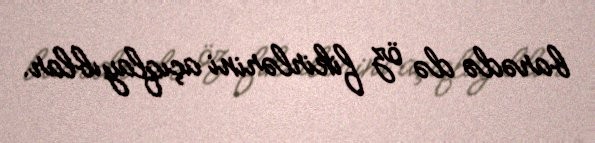
barədə də öz fikirlərini açıqlayıblar.